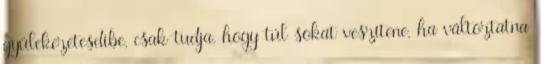
gyülekezetesdibe, csak tudja, hogy túl sokat veszítene, ha változtatna